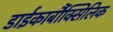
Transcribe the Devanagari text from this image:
डाईकार्बौक्सिलिक